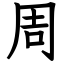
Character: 周